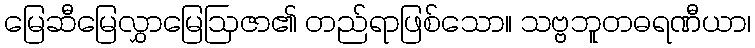
မြေဆီမြေလွှာမြေဩဇာ၏ တည်ရာဖြစ်သော။ သဗ္ဗဘူတဓရဏီယာ၊